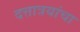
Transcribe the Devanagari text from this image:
दत्तात्रयांचा